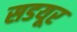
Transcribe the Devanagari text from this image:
सडयूर